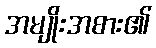
အမျိုးအစား၏